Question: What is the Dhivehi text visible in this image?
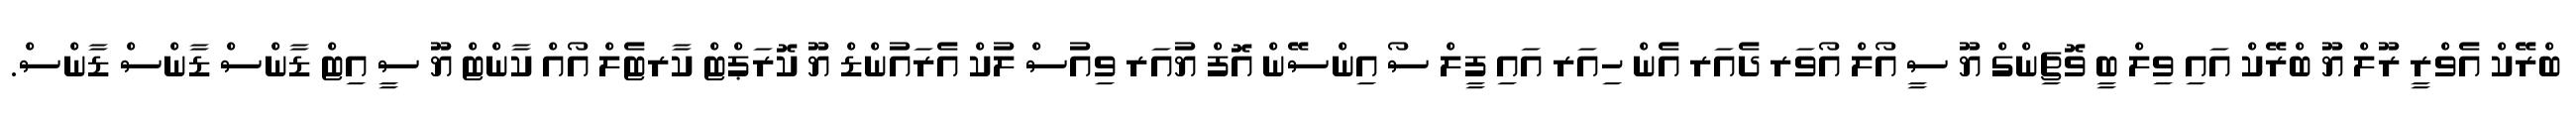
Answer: ބްރޭކް އެވްރީ ރޫލް ޔޫ ބްރޭކް އައި ވިލް ބީ ވޮޗިންގް ޔޫ ސީ އޯލް އޯވަރ ދެއަރ އެން ހިއަރ އައި ފީލް ސޯ އިންސޭން އޮފް ޔުއަރ ވިއުސް ލުކް އެރައުންޑް ޔޫ ކޮރަޕްޓް ކާރޓެލް އޯއް ކާންޓް ޔޫ ސީ އިޓް ޑާންސް ޑާންސް ޑާންސް.